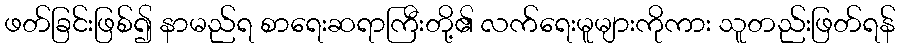
ဖတ်ခြင်းဖြစ်၍ နာမည်ရ စာရေးဆရာကြီးတို့၏ လက်ရေးမူများကိုကား သူတည်းဖြတ်ရန်